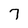
Character: 7